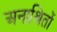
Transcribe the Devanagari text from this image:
अनाश्रितों